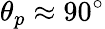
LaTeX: \theta_{p}\approx 90^{\circ}